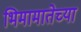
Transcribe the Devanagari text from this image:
भिमामातेच्या